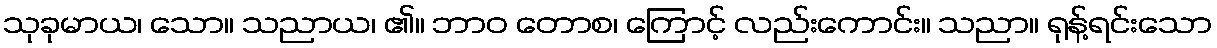
သုခုမာယ၊ သော။ သညာယ၊ ၏။ ဘာဝ တောစ၊ ကြောင့် လည်းကောင်း။ သညာ။ ရုန့်ရင်းသော